Lunatic asylums Central Provinces reports 1874-1885 - 1874-1885
Year: 1874
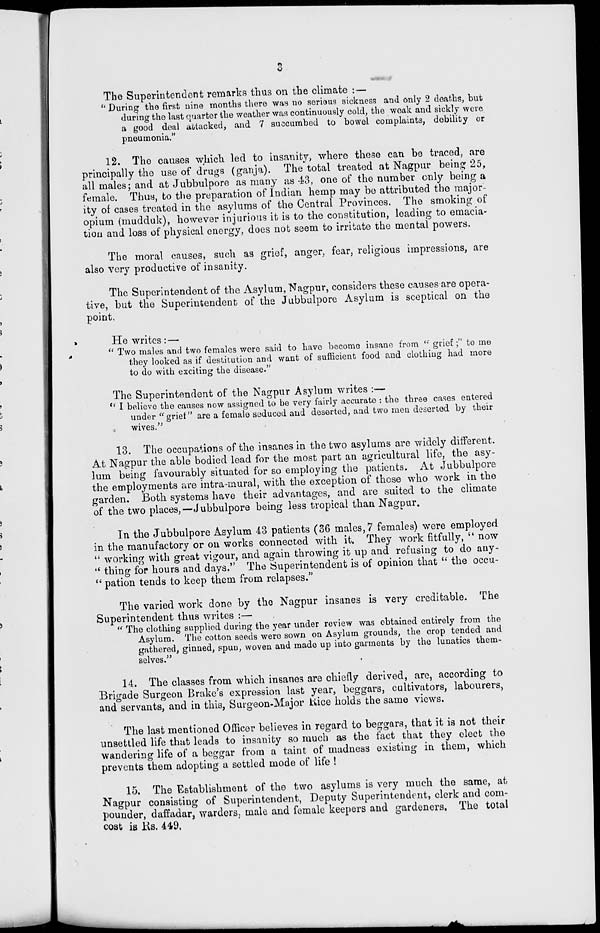
3
The Superintendent remarks thus on the climate :—
" During the first nine months there was no serious sickness and only 2 deaths, but
during the last quarter the weather was continuously cold, the weak and sickly were
a good deal attacked, and 7 succumbed to bowel complaints, debility or
pneumonia."
12. The causes which led to insanity, where these can be traced, are
principally the use of drugs (ganja). The total treated at Nagpur being 25,
all males; and at Jubbulpore as many as 43, one of the number only being a
female. Thus, to the preparation of Indian hemp may be attributed the major-
ity of cases treated in the asylums of the Central Provinces. The smoking of
opium (mudduk), however injurious it is to the constitution, leading to emacia-
tion and loss of physical energy, does not seem to irritate the mental powers.
The moral causes, such as grief, anger, fear, religious impressions, are
also very productive of insanity.
The Superintendent of the Asylum, Nagpur, considers these causes are opera-
tive, but the Superintendent of the Jubbulpore Asylum is sceptical on the
point.
He writes: —
" Two males and two females were said to have become insane from "grief;" to me
they looked as if destitution and want of sufficient food and clothing had more
to do with exciting the disease."
The Superintendent of the Nagpur Asylum writes :—
" I believe the causes now assigned to be very fairly accurate : the three cases entered
under "grief" are a female seduced and deserted, and two men deserted by their
wives."
13. The occupations of the insanes in the two asylums are widely different.
At Nagpur the able bodied lead for the most part an agricultural life, the asy-
lum being favourably situated for so employing the patients. At Jubbulpore
the employments are intra-mural, with the exception of those who work in the
garden. Both systems have their advantages, and are suited to the climate
of the two places,—Jubbulpore being less tropical than Nagpur.
In the Jubbulpore Asylum 43 patients (36 males, 7 females) were employed
in the manufactory or on works connected with it. They work fitfully, "now
" working with great vigour, and again throwing it up and refusing to do any-
" thing for hours and days." The Superintendent is of opinion that " the occu-
" pation tends to keep them from relapses."
The varied work done by the Nagpur insanes is very creditable. The
Superintendent thus writes :—
" The clothing supplied during the year under review was obtained entirely from the
Asylum. The cotton seeds were sown on Asylum grounds, the crop tended and
gathered, ginned, spun, woven and made up into garments by the lunatics them-
selves."
14. The classes from which insanes are chiefly derived, are, according to
Brigade Surgeon Brake's expression last year, beggars, cultivators, labourers,
and servants, and in this, Surgeon-Major Rice holds the same views.
The last mentioned Officer believes in regard to beggars, that it is not their
unsettled life that leads to insanity so much as the fact that they elect the
wandering life of a beggar from a taint of madness existing in them, which
prevents them adopting a settled mode of life !
15. The Establishment of the two asylums is very much the same, at
Nagpur consisting of Superintendent, Deputy Superintendent, clerk and com-
pounder, daffadar, warders, male and female keepers and gardeners. The total
cost is Rs. 449.